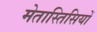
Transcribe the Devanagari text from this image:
मेतास्तिसियों